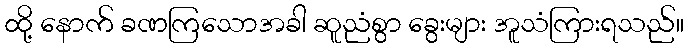
ထို့ နောက် ခဏကြသောအခါ ဆူညံစွာ ခွေးများ အူသံကြားရသည်။